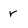
Character: r